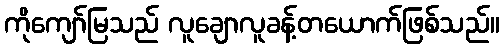
ကိုကျော်မြသည် လူချောလူခန့်တယောက်ဖြစ်သည်။